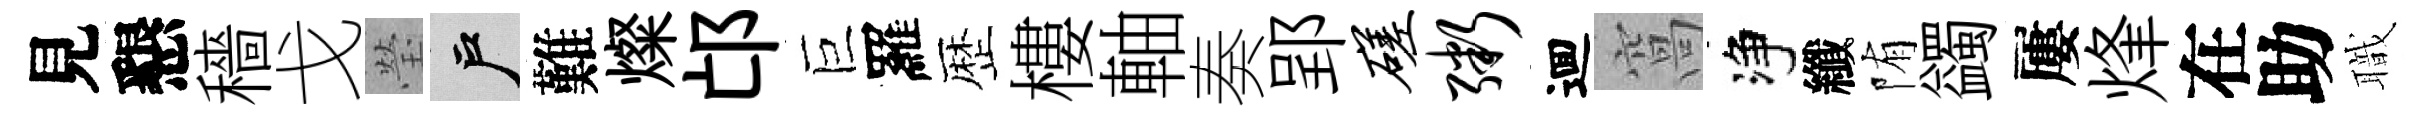
見懇穡戈瑩户難燦邙巨羅歴樓軸奏郢磋粥逥窩净纖陏蠲屢烽在助職